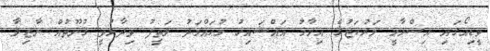
ވީޑިއޯގައި އިސްލާމީ މަރުކަޒުގެ އިމާމު އައްޝައިޚު މުޙައްމަދު ލަތީފު ވިދާޅުވީ ޤުނޫތުއް ނާޒިލާ